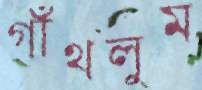
গাঁথলুম